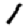
Digit: 1